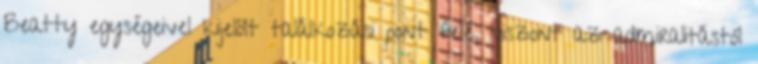
Beatty egységeivel kijelölt találkozási pont felé, viszont az admiralitástól